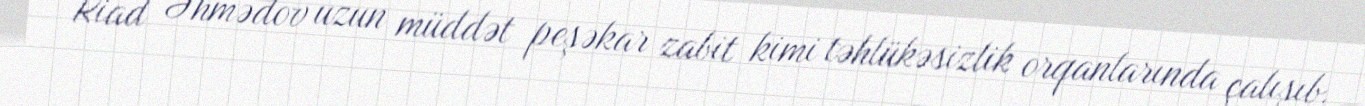
Riad Əhmədov uzun müddət peşəkar zabit kimi təhlükəsizlik orqanlarında çalışıb.